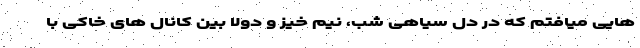
هایی میافتم که در دل سیاهی شب، نیم خیز و دولا بین کانال های خاکی با